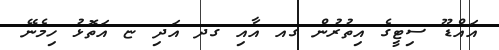
އައްޑޫ ސިޓީގެ އިތުރުން ގއ އާއި ގދ އަދި ޏ އަތޮޅު ހިމެނޭ